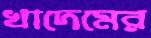
খাদেমের